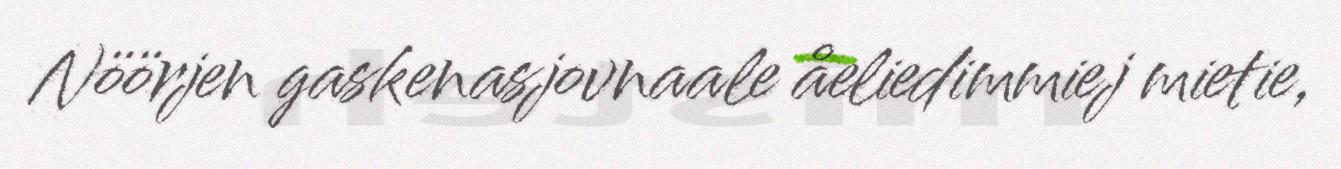
Nöörjen gaskenasjovnaale åeliedimmiej mietie,